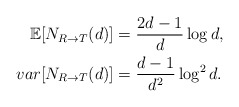
\begin{align*}\mathbb{E}[N_{R\to T}(d)]&=\frac{2d-1}{d}\log d,\\var[N_{R\to T}(d)]&=\frac{d-1}{d^2}\log^2d.\end{align*}